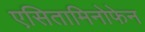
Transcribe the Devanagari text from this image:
एसितामिनोफेन